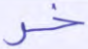
خر